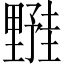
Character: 𬫀